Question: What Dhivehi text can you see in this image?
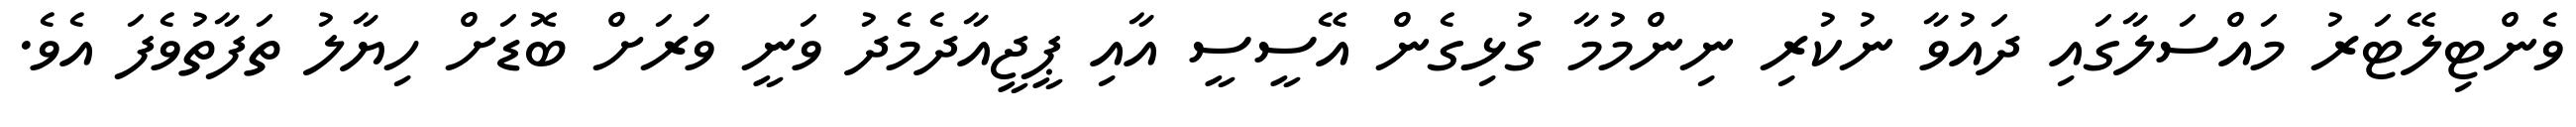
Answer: ވެންޓިލޭޓަރު މައްސަލާގައި ދައުވާ ނުކުރި ނިންމުމާ ގުޅިގެން އޭސީސީ އާއި ޕީޖީއާދެމެދު ވަނީ ވަރަށް ބޮޑަށް ހިޔާލު ތަފާތުވެފަ އެވެ.